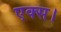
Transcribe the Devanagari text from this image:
एक्स।